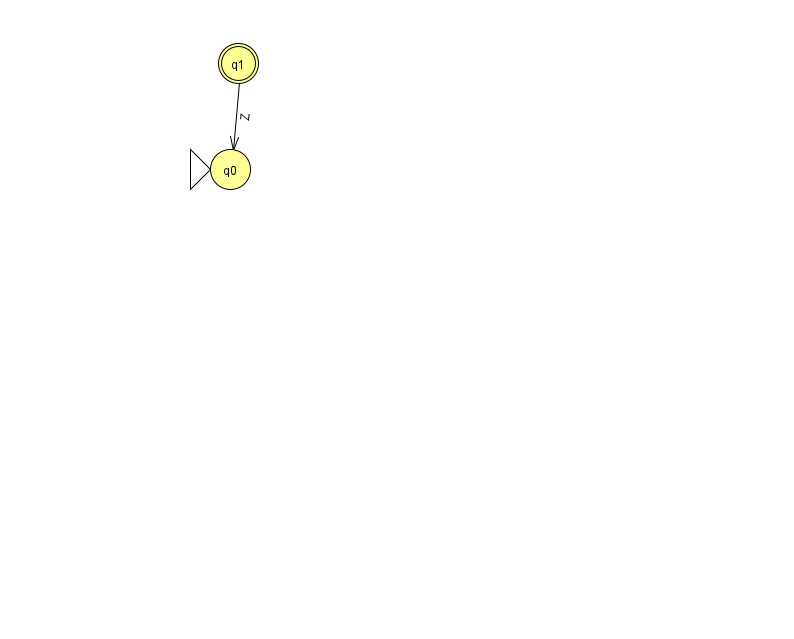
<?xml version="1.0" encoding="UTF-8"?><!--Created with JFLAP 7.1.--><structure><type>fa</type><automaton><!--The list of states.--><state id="0" name="q0"><x>230.0</x><y>156.0</y><initial/></state><state id="1" name="q1"><x>238.0</x><y>50.0</y><final/></state><!--The list of transitions.--><transition><from>1</from><to>0</to><read>Z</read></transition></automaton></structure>